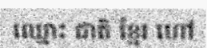
ឈ្មោះ ជាតិ ខ្មែរ ហៅ